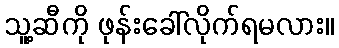
သူ့ဆီကို ဖုန်းခေါ်လိုက်ရမလား။